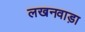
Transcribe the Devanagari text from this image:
लखनवाड़ा